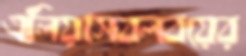
এলিয়াসবলবয়ের